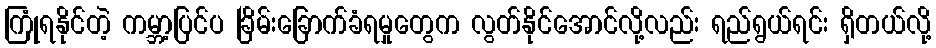
ကြုံရနိုင်တဲ့ ကမ္ဘာ့ပြင်ပ ခြိမ်းခြောက်ခံရမှုတွေက လွတ်နိုင်အောင်လို့လည်း ရည်ရွယ်ရင်း ရှိတယ်လို့